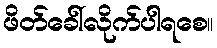
ဖိတ်ခေါ်လိုက်ပါရစေ။